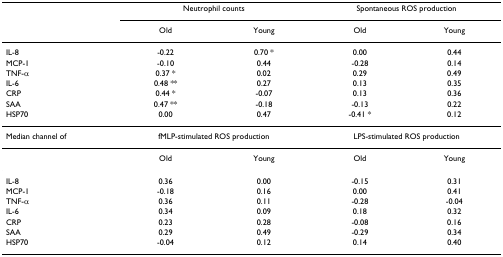
<table><thead><tr><td></td><td colspan="2"><b>Neutrophil counts</b></td><td colspan="2"><b>Spontaneous ROS production</b></td></tr><tr><td></td><td><b>Old</b></td><td><b>Young</b></td><td><b>Old</b></td><td><b>Young</b></td></tr></thead><tbody><tr><td>IL-8</td><td>-0.22</td><td>0.70 *</td><td>0.00</td><td>0.44</td></tr><tr><td>MCP-1</td><td>-0.10</td><td>0.44</td><td>-0.28</td><td>0.14</td></tr><tr><td>TNF-α</td><td>0.37 *</td><td>0.02</td><td>0.29</td><td>0.49</td></tr><tr><td>IL-6</td><td>0.48 **</td><td>0.27</td><td>0.13</td><td>0.35</td></tr><tr><td>CRP</td><td>0.44 *</td><td>-0.07</td><td>0.13</td><td>0.36</td></tr><tr><td>SAA</td><td>0.47 **</td><td>-0.18</td><td>-0.13</td><td>0.22</td></tr><tr><td>HSP70</td><td>0.00</td><td>0.47</td><td>-0.41 *</td><td>0.12</td></tr><tr><td>Median channel of</td><td colspan="2">fMLP-stimulated ROS production</td><td colspan="2">LPS-stimulated ROS production</td></tr><tr><td></td><td>Old</td><td>Young</td><td>Old</td><td>Young</td></tr><tr><td>IL-8</td><td>0.36</td><td>0.00</td><td>-0.15</td><td>0.31</td></tr><tr><td>MCP-1</td><td>-0.18</td><td>0.16</td><td>0.00</td><td>0.41</td></tr><tr><td>TNF-α</td><td>0.36</td><td>0.11</td><td>-0.28</td><td>-0.04</td></tr><tr><td>IL-6</td><td>0.34</td><td>0.09</td><td>0.18</td><td>0.32</td></tr><tr><td>CRP</td><td>0.23</td><td>0.28</td><td>-0.08</td><td>0.16</td></tr><tr><td>SAA</td><td>0.29</td><td>0.49</td><td>-0.29</td><td>0.34</td></tr><tr><td>HSP70</td><td>-0.04</td><td>0.12</td><td>0.14</td><td>0.40</td></tr></tbody></table>